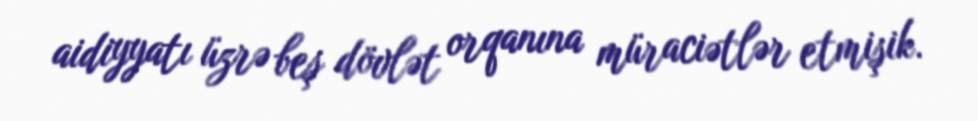
aidiyyatı üzrə beş dövlət orqanına müraciətlər etmişik.